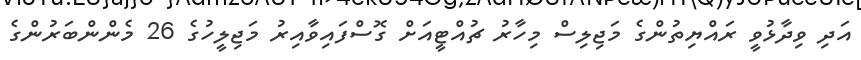
އަދި ވިދާޅުވީ ރައްޔިތުންގެ މަޖިލިސް މިހާރު ޗުއްޓީއަށް ގޮސްފައިވާއިރު މަޖިލީހުގެ 26 މެންންބަރުންގެ